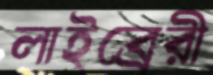
লাইব্রেরী